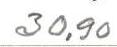
30,90